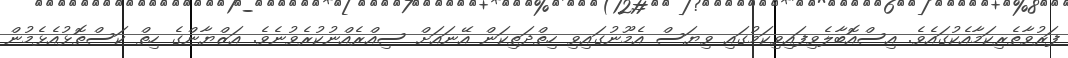
ފަރުވާތެރިކަމާއެކުގައެވެ. އިސްއޮބާލެވިފައިވިކަމުގައި ވިޔަސް އެމޫނުގައިވި ހިތްދަތިކަން އޭނައަށް ސިއްރެއްނުކުރެވުނެވެ. އަޒްޔާންގެ ހިތް ކަސްތޮޅުއެޅެމުން